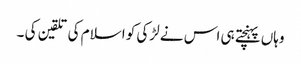
وہاں پہنچتے ہی اس نے لڑکی کو اسلام کی تلقین کی ۔